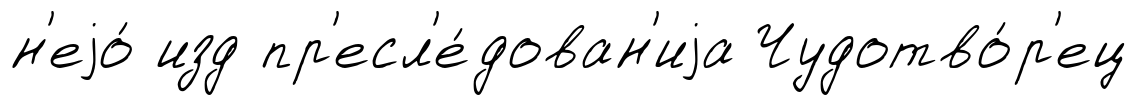
н'еjо́ изд пр'есл'е́дован'иjа Чудотво́р'ец